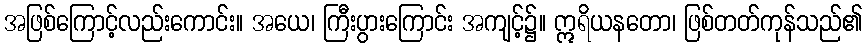
အဖြစ်ကြောင့်လည်းကောင်း။ အယေ၊ ကြီးပွားကြောင်း အကျင့်၌။ ဣရိယနတော၊ ဖြစ်တတ်ကုန်သည်၏